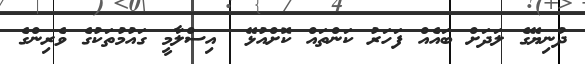
ދުނިޔޭގެ ލަދަށް ބައެއް ފަހަރު ކަންތައް ކޮށްއުޅޭ  އިސްލާމީ ގައުމުތަކުގެ ވެރިންގެ